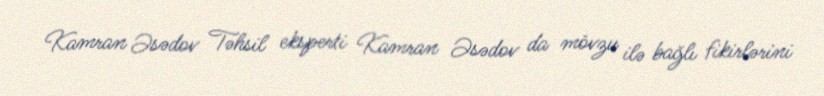
Kamran Əsədov Təhsil eksperti Kamran Əsədov da mövzu ilə bağlı fikirlərini